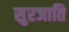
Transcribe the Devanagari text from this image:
सुरजाति